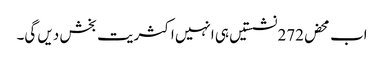
اب محض272 نشستیں ہی انہیں اکثریت بخش دیں گی۔